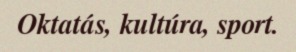
Oktatás, kultúra, sport.